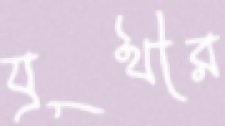
যূথীর